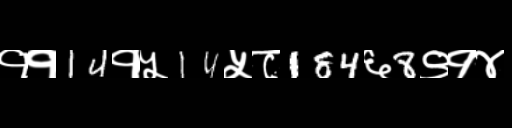
Text: ११14१५14५८184६8९१४